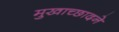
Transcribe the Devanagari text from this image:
मुखाच्छादने